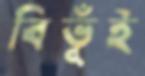
বিভূঁই